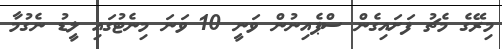
މިރޭގެ މެޗު ފަށައިގެން ސްޕެއިނުން ވަނީ 10 ވަނަ މިނެޓުގައި ލީޑު ނެގުމާ